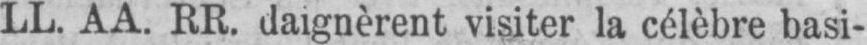
LL. AA. RR. daignèrent visiter la célèbre basi-